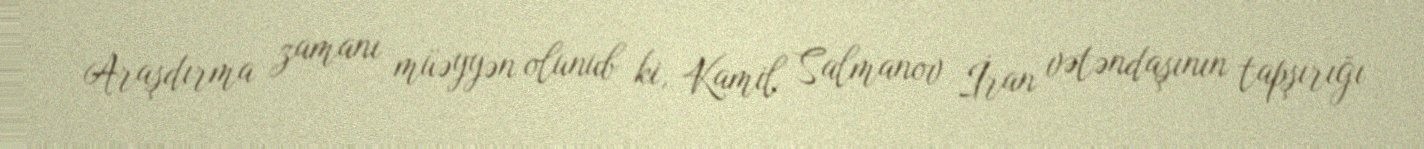
Araşdırma zamanı müəyyən olunub ki, Kamil Salmanov İran vətəndaşının tapşırığı